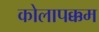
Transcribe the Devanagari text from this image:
कोलापक्कम